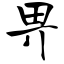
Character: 畀